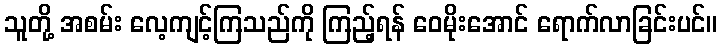
သူတို့ အစမ်း လေ့ကျင့်ကြသည်ကို ကြည့်ရန် ဝေမိုးအောင် ရောက်လာခြင်းပင်။